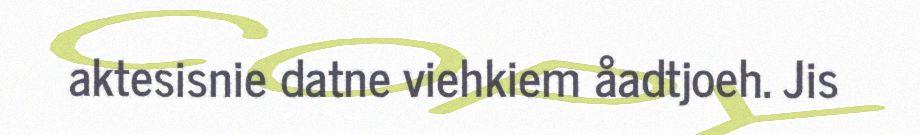
aktesisnie datne viehkiem åadtjoeh. Jis